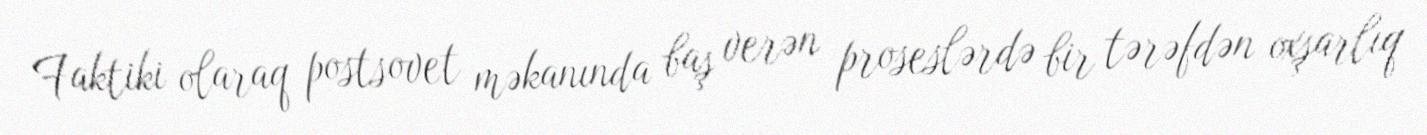
Faktiki olaraq postsovet məkanında baş verən proseslərdə bir tərəfdən oxşarlıq